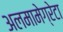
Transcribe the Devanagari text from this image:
अलमामेग्रेटा